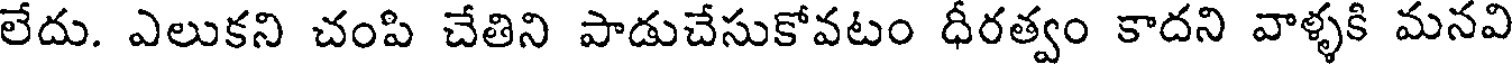
లేదు. ఎలుకని చంపి చేతిని పాడుచేసుకోవటం ధీరత్వం కాదని వాళ్ళకి మనవి